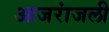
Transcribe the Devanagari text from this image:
आजरांजली